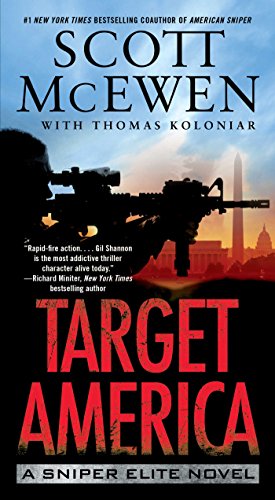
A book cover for Target America: A Sniper Elite Novel; Scott McEwen; Literature & Fiction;